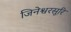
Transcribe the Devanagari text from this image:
जिनेश्वरसूरि